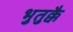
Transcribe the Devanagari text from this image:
भुतुक्कै